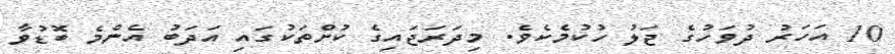
10 އަހަރު ދުވަހުގެ ޖަލު ހުކުމެކެވެ. މިދަރަޖައިގެ ކުށްތަކުގައި އަދަބު އެންމެ ބޮޑުވާ